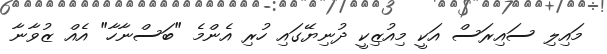
މައިލި ސައިރަސް އަކީ މިއުޒިކީ ދުނިޔޭގައި ހުރި އެންމެ "ބަސްނާހާ" އެއް ޒުވާނާ